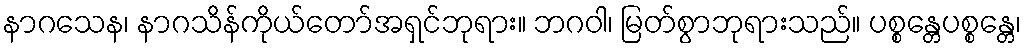
နာဂသေန၊ နာဂသိန်ကိုယ်တော်အရှင်ဘုရား။ ဘဂဝါ၊ မြတ်စွာဘုရားသည်။ ပစ္စန္တေပစ္စန္တေ၊